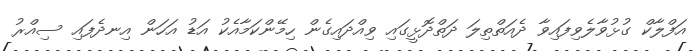
އަފްލާކް ގުޅުވާލެވިފައިވާ ދެއަތްތިލަ ދަތްދޮޅީގައި ވިއްދައިގެން ހިމޭންކަމާއެކު އަޑު އަހަން އިނދެފައި ސިއްރު